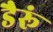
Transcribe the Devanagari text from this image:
डैरूं